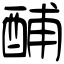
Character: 酺